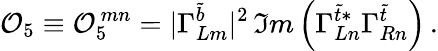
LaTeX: {\cal O}_{5}\equiv{\cal O}_{5}^{\, mn}=\vert\Gamma_{Lm}^{\tilde{b}}\vert^{2}\, \Im m\left(\Gamma_{Ln}^{\tilde{t}*}\Gamma_{Rn}^{\tilde{t}}\right)\, .